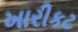
ખારીકટ